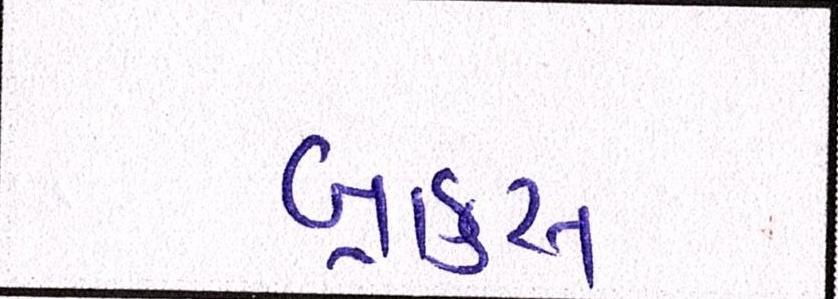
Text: બ્રાફુસ